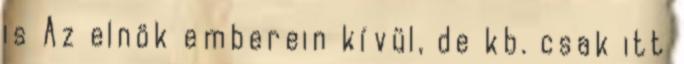
is Az elnök emberein kívül, de kb. csak itt